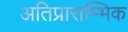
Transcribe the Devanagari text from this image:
अतिप्राराम्भिक